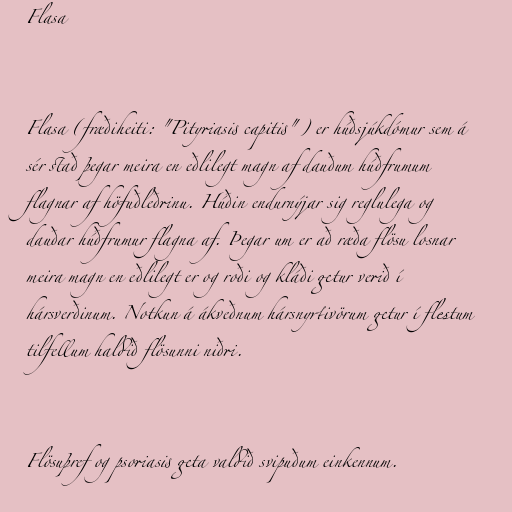
Flasa

Flasa (fræðiheiti: "Pityriasis capitis") er húðsjúkdómur sem á
sér stað þegar meira en eðlilegt magn af dauðum húðfrumum
flagnar af höfuðleðrinu. Húðin endurnýjar sig reglulega og
dauðar húðfrumur flagna af. Þegar um er að ræða flösu losnar
meira magn en eðlilegt er og roði og kláði getur verið í
hársverðinum. Notkun á ákveðnum hársnyrtivörum getur í flestum
tilfellum haldið flösunni niðri.

Flösuþref og psoriasis geta valdið svipuðum einkennum.